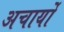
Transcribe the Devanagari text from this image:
अचार्यो